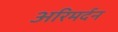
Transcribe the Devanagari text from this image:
अरिमर्दन